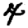
Digit: 4